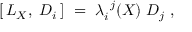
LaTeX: [ \, L _ { X } , \; D _ { i } \, ] \ = \ \lambda _ { i } ^ { \ j } ( X ) \; D _ { j } \ ,